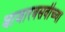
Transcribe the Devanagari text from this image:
बाजारबसवीच्च्या